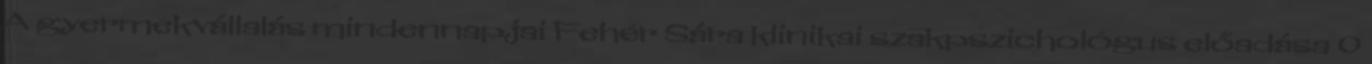
A gyermekvállalás mindennapjai Fehér Sára klinikai szakpszichológus előadása 0